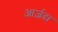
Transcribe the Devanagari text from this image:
आर्ज़दा